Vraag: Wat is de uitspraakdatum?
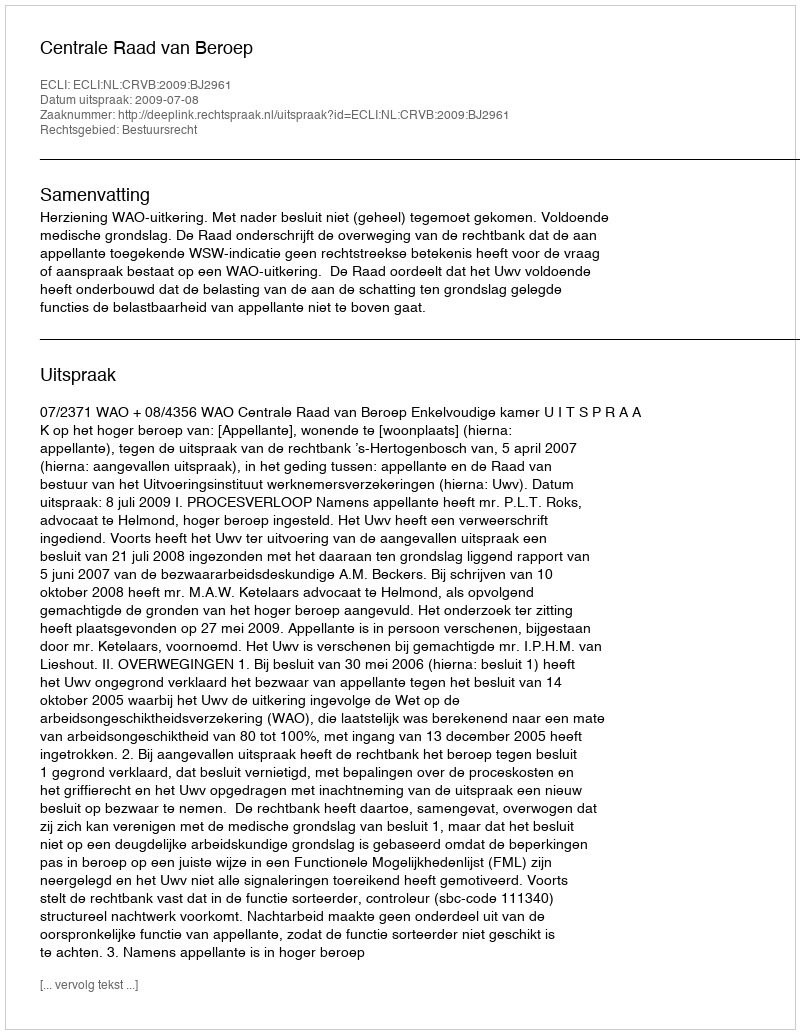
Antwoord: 2009-07-08